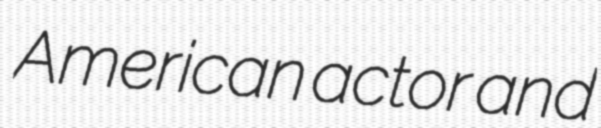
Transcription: American actor and